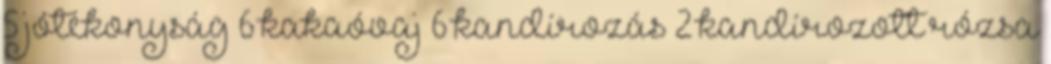
5 jótékonyság 6 kakaóvaj 6 kandírozás 2 kandírozott rózsa